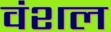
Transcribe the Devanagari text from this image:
वंशल